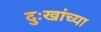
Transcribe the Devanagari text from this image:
दुःखांच्या